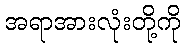
အရာအားလုံးတို့ကို